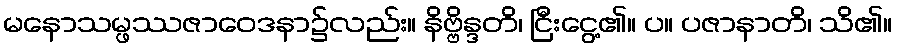
မနောသမ္ဖဿဇာဝေဒနာ၌လည်း။ နိဗ္ဗိန္ဒတိ၊ ငြီးငွေ့၏။ ပ။ ပဇာနာတိ၊ သိ၏။